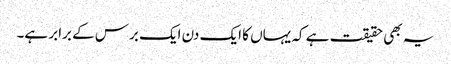
یہ بھی حقیقت ہے کہ یہاں کا ایک دن ایک برس کے برابر ہے۔